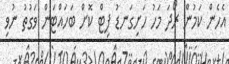
އެހެން ކަމުން ރޯދަ މަހު ހަށިގަނޑު ފިޓް ކޮށް ބަހައްޓަން ވަގުތު ނުވި